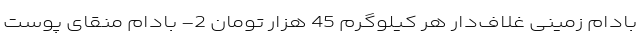
بادام زمینی غلاف‌دار هر کیلوگرم 45 هزار تومان 2- بادام منقای پوست